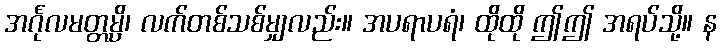
အင်္ဂုလမတ္တမ္ပိ၊ လက်တစ်သစ်မျှလည်း။ အပရာပရံ၊ ထိုထို ဤဤ အရပ်သို့။ န